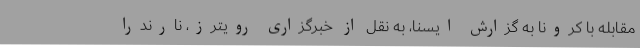
مقابله با کرونا به گزارش ایسنا، به نقل از خبرگزاری رویترز، نارندرا